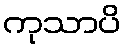
ကုသာပိ